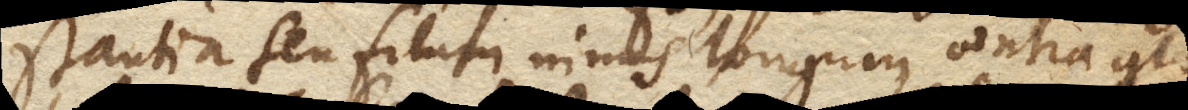
stantia seu filum nimis longum, contra glo–